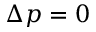
\Delta p = 0